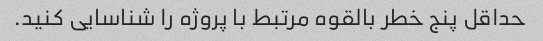
حداقل پنج خطر بالقوه مرتبط با پروژه را شناسایی کنید.